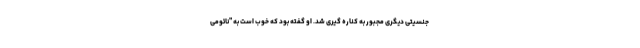
جنسیتی دیگری مجبور به کناره گیری شد. او گفته بود که خوب است به "نائومی